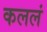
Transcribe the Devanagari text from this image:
कललं